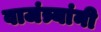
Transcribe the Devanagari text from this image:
वाजंत्र्यांनी